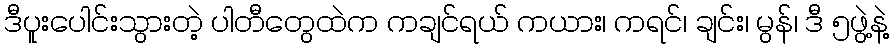
ဒီပူးပေါင်းသွားတဲ့ ပါတီတွေထဲက ကချင်ရယ် ကယား၊ ကရင်၊ ချင်း၊ မွန်၊ ဒီ ၅ဖွဲ့နဲ့